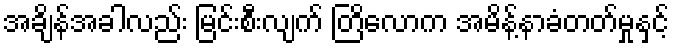
အချိန်အခါလည်း မြင်းစီးလျက် တြိလောက အမိန့်နာခံတတ်မှုနှင့်